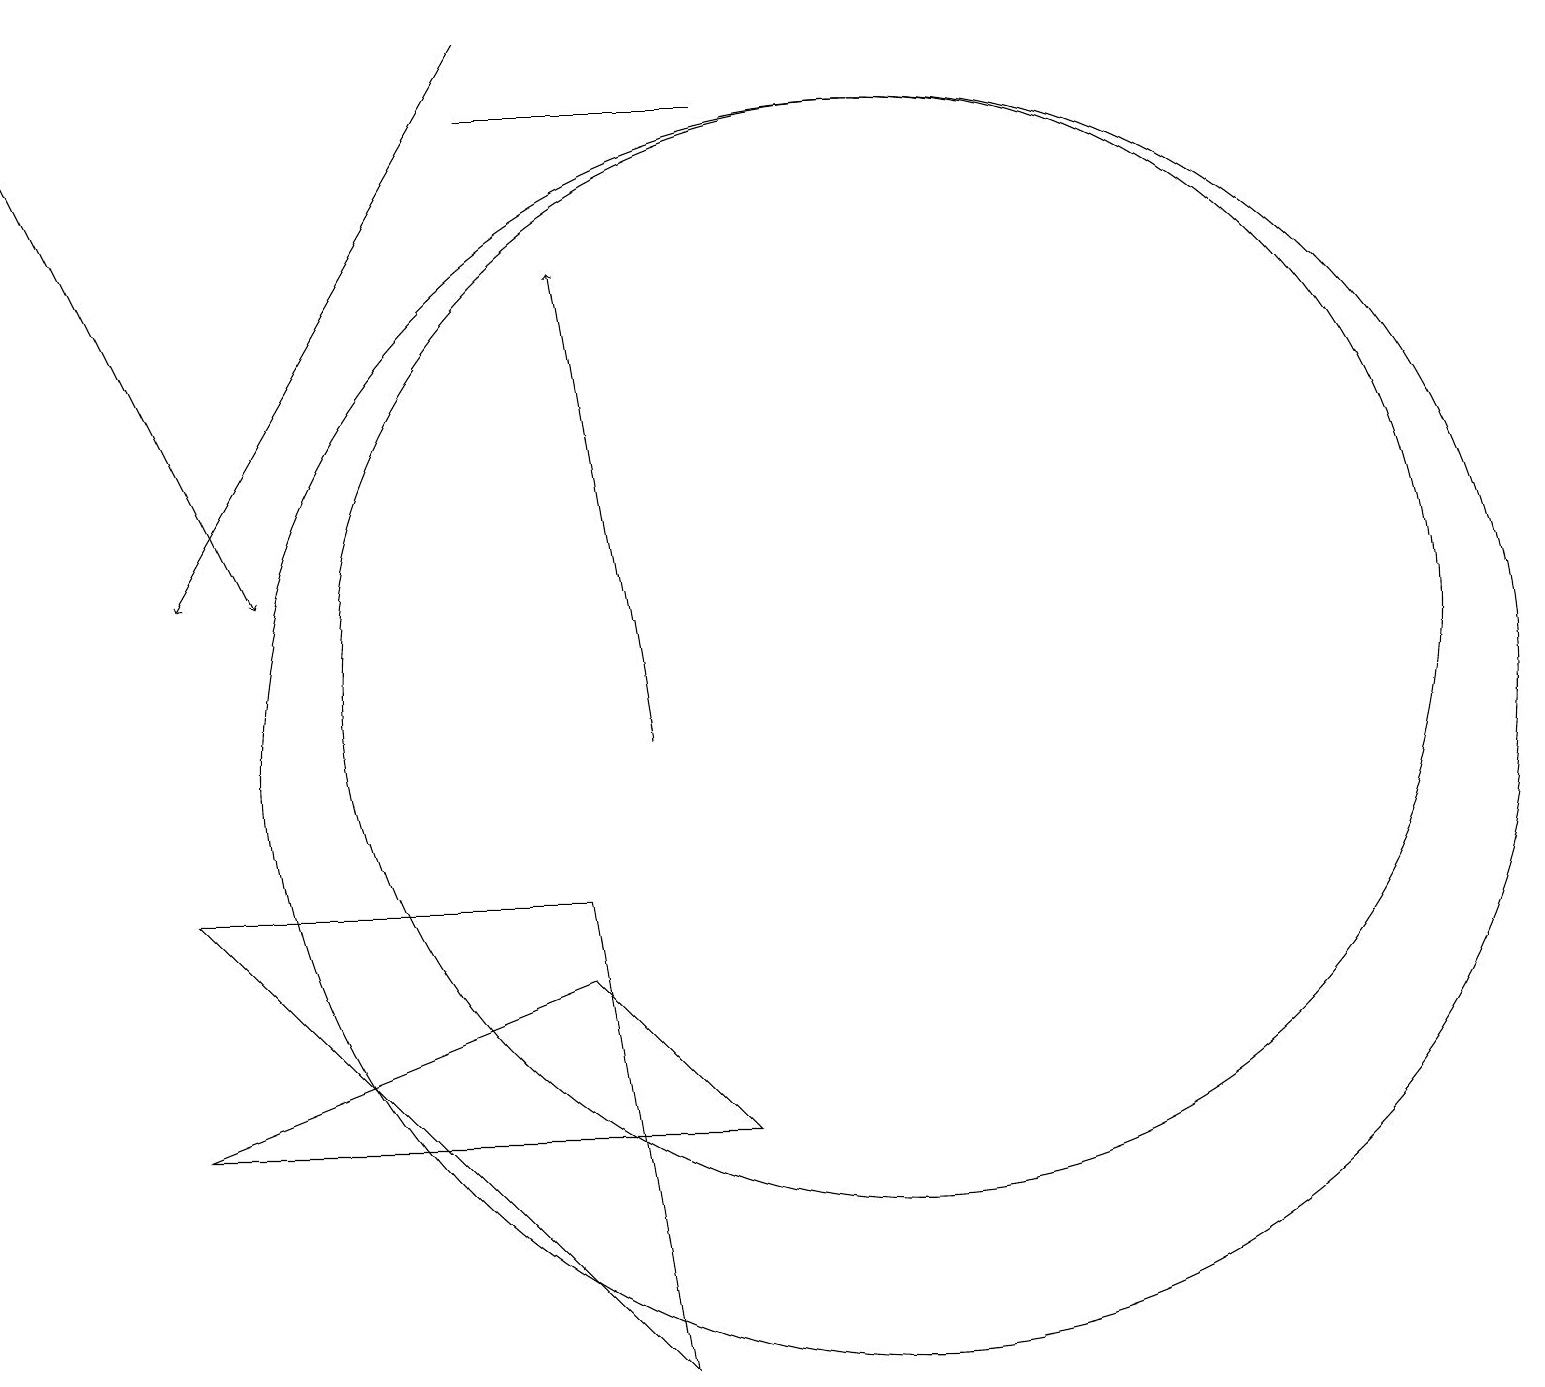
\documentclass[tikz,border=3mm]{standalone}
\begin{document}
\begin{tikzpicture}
\draw (9,18) rectangle (6,18);
\draw[->] (6,19) -- (2,12);
\draw (7,7) -- (2,5) -- (9,5) -- cycle;
\draw (11,10) circle (8);
\draw (11,11) circle (7);
\draw (7,8) -- (8,2) -- (2,8) -- cycle;
\draw[->] (0,18) -- (3,12);
\draw[->] (8,10) -- (7,16);
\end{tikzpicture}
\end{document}